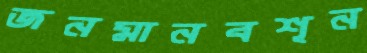
জনমানবশূন